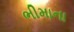
ભીમાના